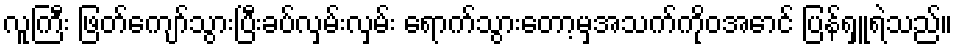
လူကြီး ဖြတ်ကျော်သွားပြီးခပ်လှမ်းလှမ်း ရောက်သွားတော့မှအသက်ကိုဝအောင် ပြန်ရှူရဲသည်။